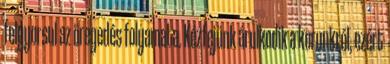
felgyorsul az öregedés folyamata. Kézfejünk árulkodik a korunkról, ezért